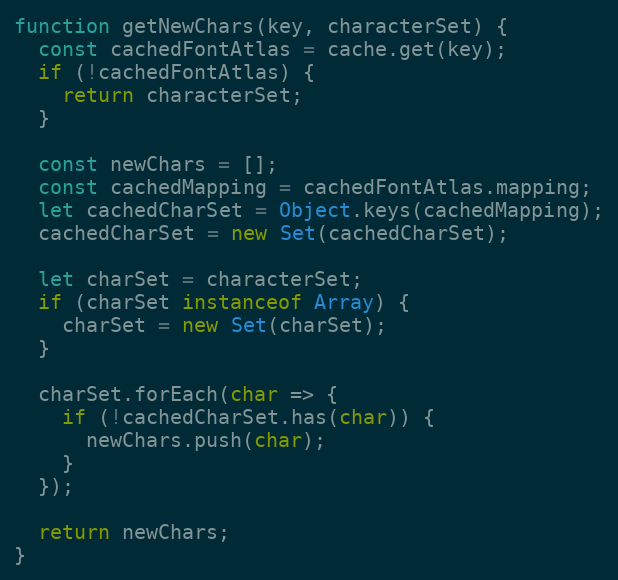
Language: JavaScript
function getNewChars(key, characterSet) {
  const cachedFontAtlas = cache.get(key);
  if (!cachedFontAtlas) {
    return characterSet;
  }

  const newChars = [];
  const cachedMapping = cachedFontAtlas.mapping;
  let cachedCharSet = Object.keys(cachedMapping);
  cachedCharSet = new Set(cachedCharSet);

  let charSet = characterSet;
  if (charSet instanceof Array) {
    charSet = new Set(charSet);
  }

  charSet.forEach(char => {
    if (!cachedCharSet.has(char)) {
      newChars.push(char);
    }
  });

  return newChars;
}